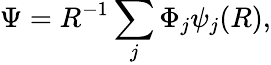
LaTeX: \Psi=R^{-1}\sum_{j}\Phi_{j}\psi_{j}(R),